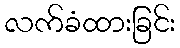
လက်ခံထားခြင်း